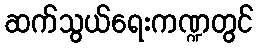
ဆက်သွယ်ရေးကဏ္ဍတွင်